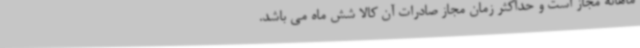
ماهانه مجاز است و حداکثر زمان مجاز صادرات آن کالا شش ماه می باشد.